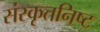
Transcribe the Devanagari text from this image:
संस्कृतनिष्ट